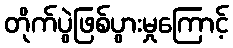
တိုက်ပွဲဖြစ်ပွားမှုကြောင့်